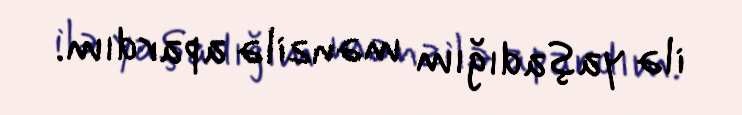
ilə yaşadığım mənzilə apardım.